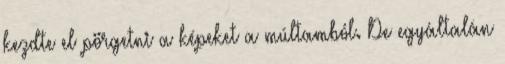
kezdte el pörgetni a képeket a múltamból. De egyáltalán